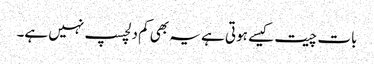
بات چیت کیسے ہوتی ہے یہ بھی کم دلچسپ نہیں ہے۔